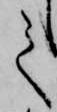
て